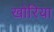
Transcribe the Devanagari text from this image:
खोरिया